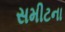
સમીટના